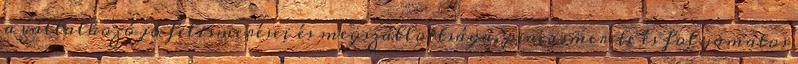
a vállalkozó jó felismerései és megszállottsága, piacismerete és folyamatos